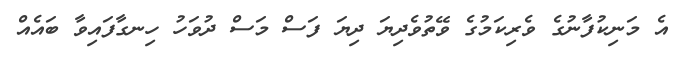
އެ މަނިކުފާނުގެ ވެރިކަމުގެ ވޭތުވެދިޔަ ދިޔަ ފަސް މަސް ދުވަހު ހިނގާފައިވާ ބައެއް